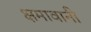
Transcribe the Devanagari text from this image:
क्षमावानी